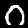
Digit: 0